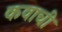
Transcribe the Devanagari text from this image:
कवाची